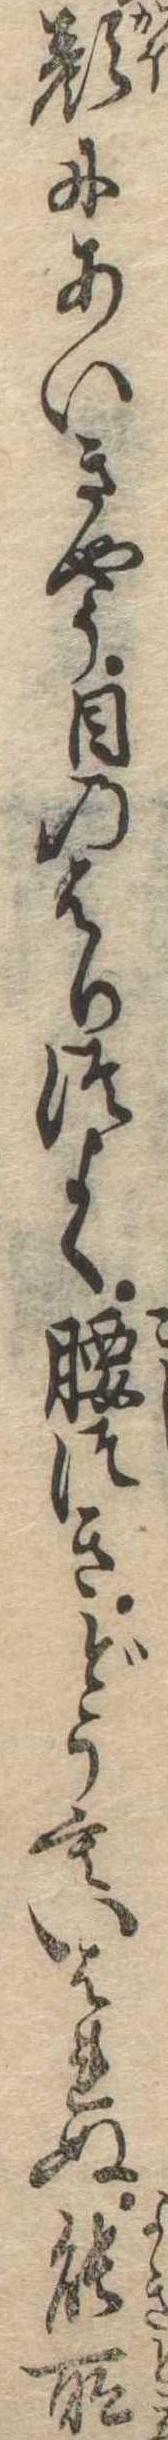
顔にあいきやう目のはりつよく腰つきどうもいはれぬ能所